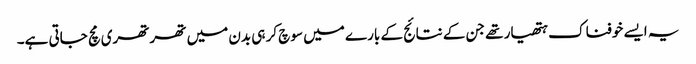
یہ ایسے خوفناک ہتھیار تھے جن کے نتائج کے بارے میں سوچ کر ہی بدن میں تھرتھری مچ جاتی ہے۔